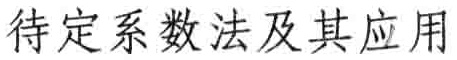
待定系数法及其应用